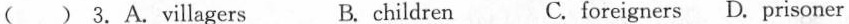
( ) 3.A.villagers B. children C.foreigners D. prisoner